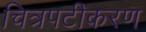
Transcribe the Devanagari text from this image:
चित्रपटीकरण